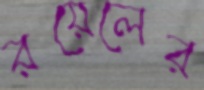
রয়েলের